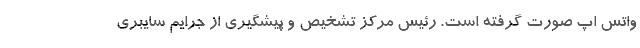
واتس‌ اپ صورت گرفته است. رئیس مرکز تشخیص و پیشگیری از جرایم سایبری